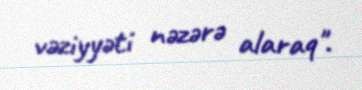
vəziyyəti nəzərə alaraq".